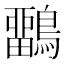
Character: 𪅳